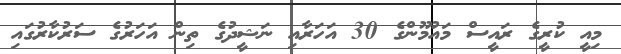
މިއީ ކުރީގެ ރައީސް މައުމޫންގެ 30 އަހަރާއި ނަޝީދުގެ ތިން އަހަރުގެ ސަރުކާރުގައި